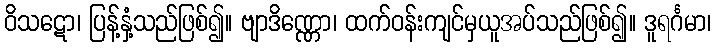
ဝိသဋော၊ ပြန့်နှံ့သည်ဖြစ်၍။ ဗျာဒိဏ္ဏော၊ ထက်ဝန်းကျင်မှယူအပ်သည်ဖြစ်၍။ ဒူရင်္ဂမာ၊